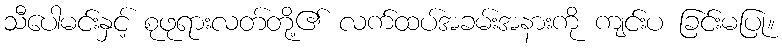
သီပေါမင်းနှင့် စုဖုရားလတ်တို့၏ လက်ထပ်အခမ်းအနားကို ကျင်းပ ခြင်းမပြု။